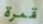
قمرة